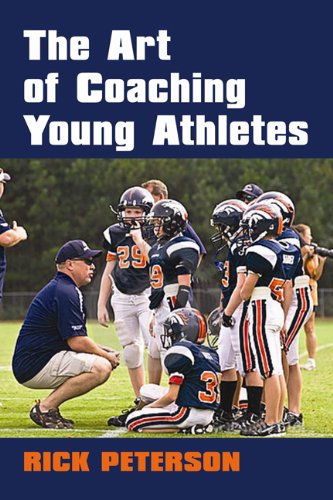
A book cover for The Art of Coaching Young Athletes (Urban Heritage Press); Rick Peterson; Sports & Outdoors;